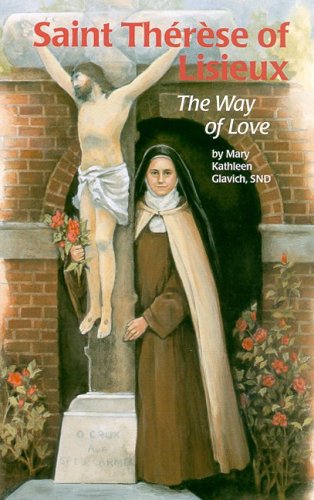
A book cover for Saint Therese of Lisieux: The Way of Love (Encounter the Saints Series,16); Mary Kathleen Glavich; Children's Books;